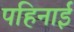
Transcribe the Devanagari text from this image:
पहिनाई